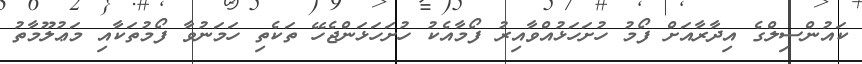
ކައުންސިލްގެ އިދާރާއަށް ފޯމު ހުށަހަޅުއްވާއިރު ފޯމާއެކު ހުށަހަޅަންޖެހޭ ތަކެތި ހަމަނުވާ ފޯމުތަކާއި މަޢުލޫމާތު